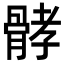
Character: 𩩉